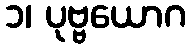
၁၊ ပုဗ္ဗယောဂ